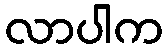
လာပါက